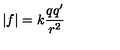
| f | = k \frac { q q ^ { \prime } } { r ^ { 2 } }